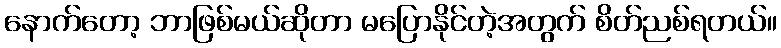
နောက်တော့ ဘာဖြစ်မယ်ဆိုတာ မပြောနိုင်တဲ့အတွက် စိတ်ညစ်ရတယ်။